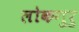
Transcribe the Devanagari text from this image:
लोकगुरु